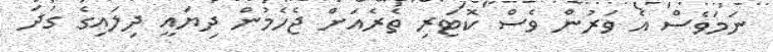
ނަމަވެސް އެ ވަރުން ވެސް ކޮޓަރި ތެރެއަށް ޖެހެމުން ދިޔައީ ދިލައިގެ ގަދަ